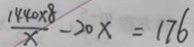
\frac { 1 4 4 0 \times 8 } { x } - 2 0 x = 1 7 6